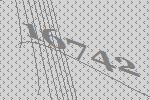
16742